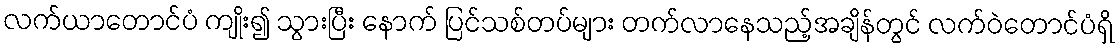
လက်ယာတောင်ပံ ကျိုး၍ သွားပြီး နောက် ပြင်သစ်တပ်များ တက်လာနေသည့်အချိန်တွင် လက်ဝဲတောင်ပံရှိ